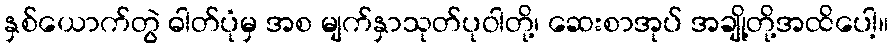
နှစ်ယောက်တွဲ ဓါတ်ပုံမှ အစ မျက်နှာသုတ်ပုဝါတို့၊ ဆေးစာအုပ် အချို့တို့အထိပေါ့။